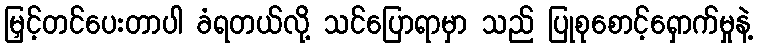
မြှင့်တင်ပေးတာပါ ခံရတယ်လို့ သင်ပြောရာမှာ သည် ပြုစုစောင့်ရှောက်မှုနဲ့